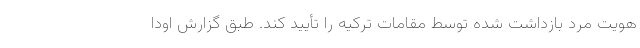
هویت مرد بازداشت شده توسط مقامات ترکیه را تأیید کند. طبق گزارش اودا